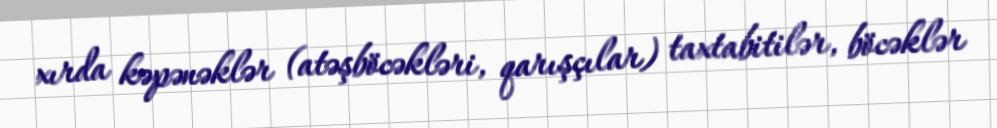
xırda kəpənəklər (atəşböcəkləri, qarışçılar) taxtabitilər, böcəklər